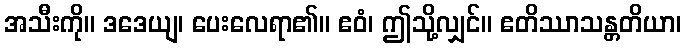
အသီးကို။ ဒဒေယျ၊ ပေးလေရာ၏။ ဧဝံ၊ ဤသို့လျှင်။ ဧတိဿာသန္တတိယာ၊